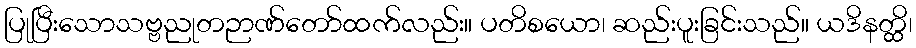
ပြုပြီးသောသဗ္ဗညုတဉာဏ်တော်ထက်လည်း။ ပတိစယော၊ ဆည်းပူးခြင်းသည်။ ယဒိနတ္ထိ၊